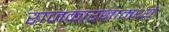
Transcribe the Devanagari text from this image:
राजकारनामध्ये